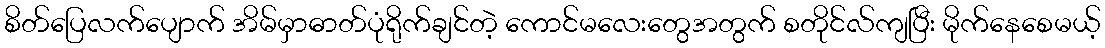
စိတ်ပြေလက်ပျောက် အိမ်မှာဓာတ်ပုံရိုက်ချင်တဲ့ ကောင်မလေးတွေအတွက် စတိုင်လ်ကျပြီး မိုက်နေစေမယ့်